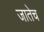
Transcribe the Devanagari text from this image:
जातेच